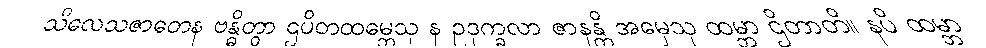
သိလေသဇာတေန ဗန္ဓိတွာ ဌပိတထမ္ဘေသု န ဥဒုက္ခလာ ဇာနန္တိ အမှေသု ထမ္ဘာ ဌိတာတိ။ နပိ ထမ္ဘာ